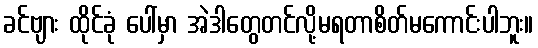
ခင်ဗျား ထိုင်ခုံ ပေါ်မှာ အဲဒါတွေတင်လို့မရတာစိတ်မကောင်းပါဘူး။